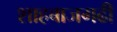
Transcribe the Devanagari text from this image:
शाहबाजगढी